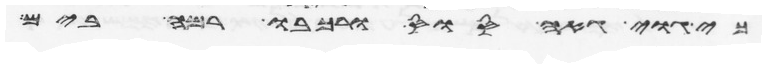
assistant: גוי גאה סוס ורכבו רמה בים